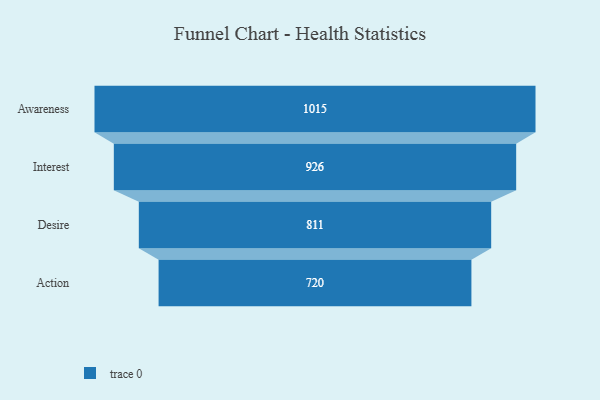
{"axis": {"x": "Stage", "y": "Value"}, "legend": [""], "data": [{"x": "Awareness", "y": 1015.0, "type": ""}, {"x": "Interest", "y": 926.0, "type": ""}, {"x": "Desire", "y": 811.0, "type": ""}, {"x": "Action", "y": 720.0, "type": ""}]}